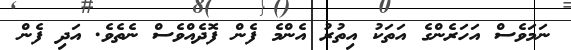
ނަމަވެސް އަހަރެންގެ އަތަކު އިތުރު އެންމެ ފެން ފޮދެއްވެސް ނެތެވެ. އަދި ފެން